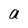
Character: a